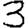
Digit: 3